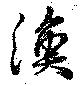
渙